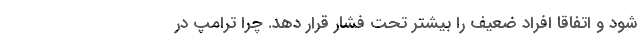
شود و اتفاقاً افراد ضعیف را بیشتر تحت فشار قرار دهد. چرا ترامپ در